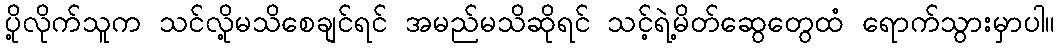
ပို့လိုက်သူက သင်လို့မသိစေချင်ရင် အမည်မသိဆိုရင် သင့်ရဲ့မိတ်ဆွေတွေထံ ရောက်သွားမှာပါ။